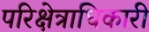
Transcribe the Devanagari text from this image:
परिक्षेत्राधिकारी